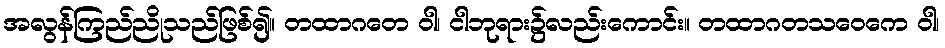
အလွန်ကြည်ညိုသည်ဖြစ်၍။ တထာဂတေ ဝါ၊ ငါဘုရား၌လည်းကောင်း။ တထာဂတသဝေကေ ဝါ၊